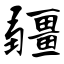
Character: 疆